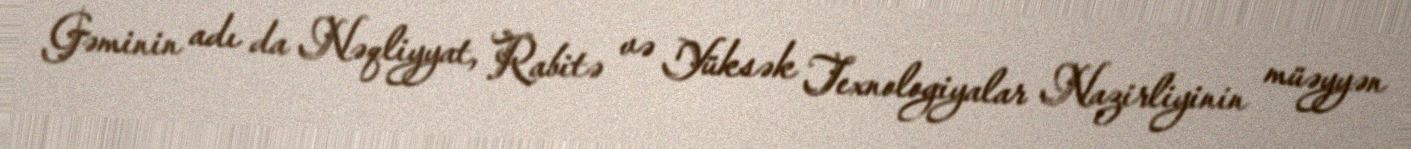
Gəminin adı da Nəqliyyat, Rabitə və Yüksək Texnologiyalar Nazirliyinin müəyyən